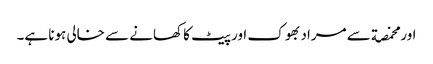
اور مخمصة سے مراد بھوک اور پیٹ کا کھانے سے خالی ہونا ہے۔